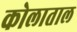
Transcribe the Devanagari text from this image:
कोलाताल